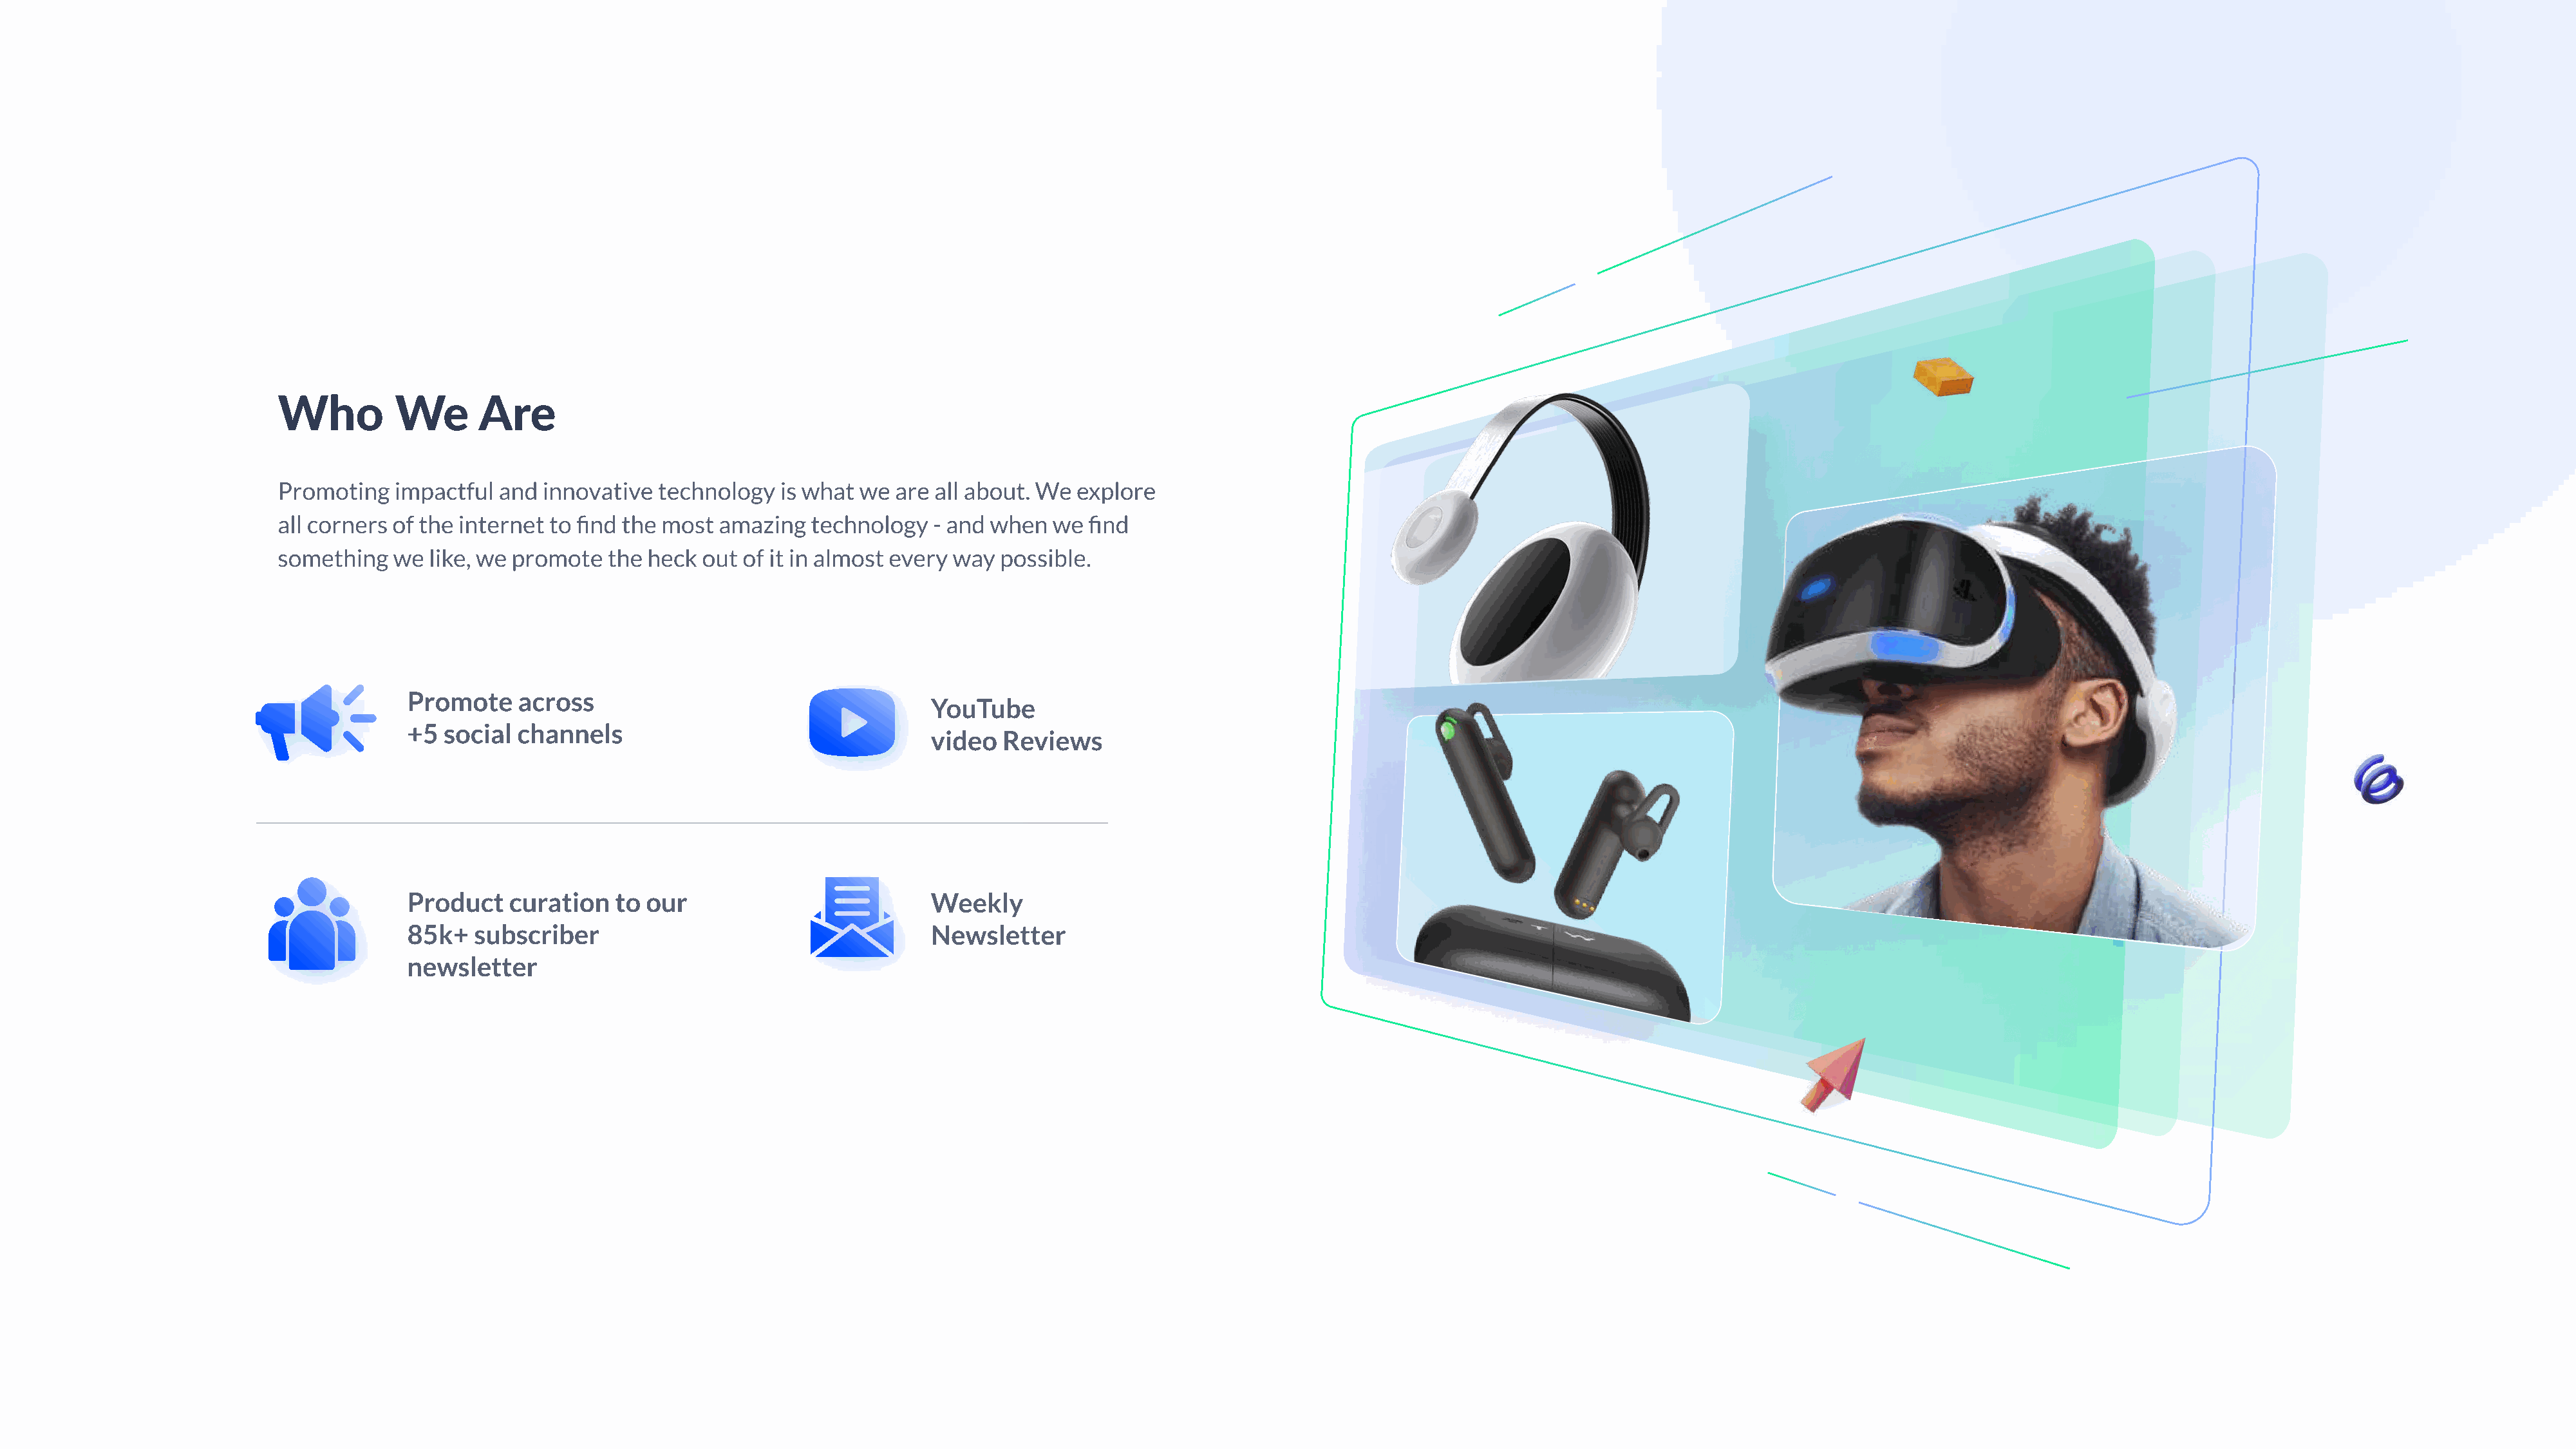
Who         We      Are
 Promoting   impactful and  innovative  technology  is what we  are all about. We  explore
 all corners of the internet to find the most amazing  technology   - and when  we  find
 something  we  like, we promote  the  heck out of it in almost every way  possible.
 Promote    across
 YouTube
 +5  social channels
 video  Reviews
 Product   curation   to our                           Weekly
 85k+   subscriber                                     Newsletter
 newsletter